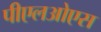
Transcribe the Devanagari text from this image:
पीएलओएस